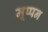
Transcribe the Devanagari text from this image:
मूप्पन